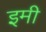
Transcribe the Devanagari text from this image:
इमी